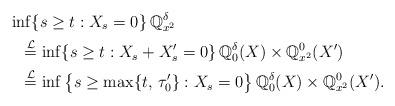
LaTeX: \begin{align*}&\inf\{s\geq t:X_s=0\}\,\mathbb{Q}^\delta_{x^2}\\&~~\stackrel{\mathcal{L}}{=}\inf\{s\geq t:X_s+X_s'=0\}\,\mathbb{Q}_0^\delta(X)\times\mathbb{Q}_{x^2}^0(X')\\&~~\stackrel{\mathcal{L}}{=}\inf\big\{s\geq\max\{t,\,\tau_0'\}:X_s=0\big\}\,\mathbb{Q}_0^\delta(X)\times\mathbb{Q}_{x^2}^0(X').\end{align*}